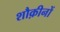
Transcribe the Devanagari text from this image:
शौक़ीनों